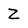
Character: Z